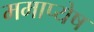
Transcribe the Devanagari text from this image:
ममाप्येष